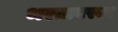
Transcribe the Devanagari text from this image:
भरतावरून